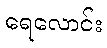
ရေလောင်း